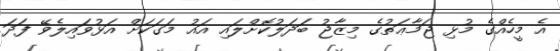
އެ މީހެއްގެ މުޅި ޖަމާޢަތުގެ މިޒާޖު ބަދަލުކޮށްލައި އައު މަގަކަށް އަޅުވައިލެވޭ ފަދަ